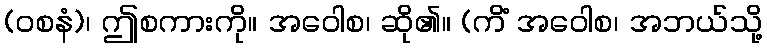
(ဝစနံ)၊ ဤစကားကို။ အဝေါစ၊ ဆို၏။ (ကိံ အဝေါစ၊ အဘယ်သို့